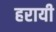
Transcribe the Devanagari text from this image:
हरायी